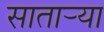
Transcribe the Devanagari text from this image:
सातार्‍या